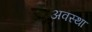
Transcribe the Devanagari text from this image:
अवस्‍था